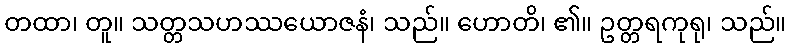
တထာ၊ တူ။ သတ္တသဟဿယောဇနံ၊ သည်။ ဟောတိ၊ ၏။ ဥတ္တရကုရု၊ သည်။